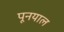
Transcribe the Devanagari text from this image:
पूनयाल